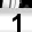
Digit: 1